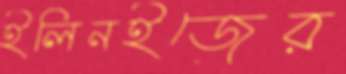
ইলিনইজের